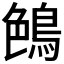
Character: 𪁅